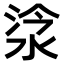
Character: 𣵂